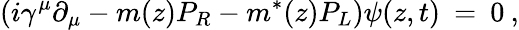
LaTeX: (i\gamma^{\mu}\partial_{\mu}-m(z)P_{R}-m^{*}(z)P_{L})\psi(z,t)\: =\: 0\: ,